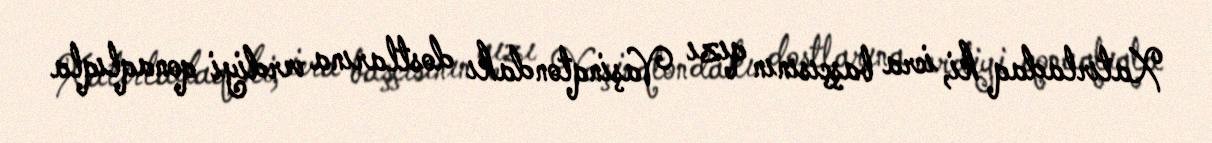
Xatırladaq ki, icra başçısının qızı Vaşinqtondakı dostlarına verdiyi qonaqlıqla